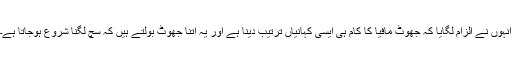
انہوں نے الزام لگایا کہ جھوٹ مافیا کا کام ہی ایسی کہانیاں ترتیب دینا ہے اور یہ اتنا جھوٹ بولتے ہیں کہ سچ لگنا شروع ہوجاتا ہے۔